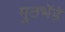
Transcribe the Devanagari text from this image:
मुठभेंड़े